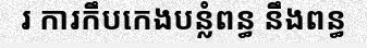
រ ការកឹបកេងបន្លំពន្ធ នឹងពន្ធ